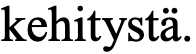
kehitystä.